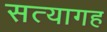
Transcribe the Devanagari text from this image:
सत्यागह